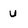
Character: u